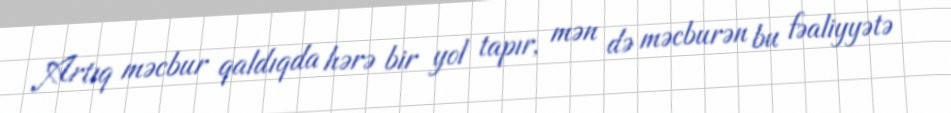
Artıq məcbur qaldıqda hərə bir yol tapır, mən də məcburən bu fəaliyyətə